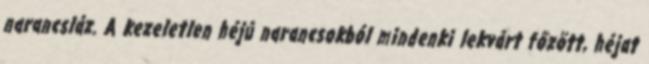
narancsláz. A kezeletlen héjú narancsokból mindenki lekvárt főzött, héjat